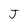
Character: J